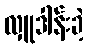
လှူဒါန်းခဲ့